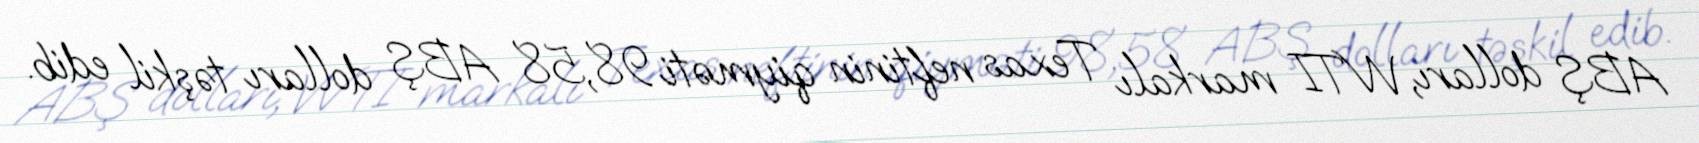
ABŞ dolları, WTI markalı Texas neftinin qiyməti 98,58 ABŞ dolları təşkil edib.